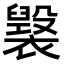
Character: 𧝷